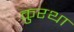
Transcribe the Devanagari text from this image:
कुरथा